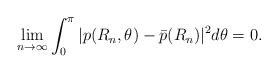
LaTeX: \begin{align*}\begin{aligned}\lim_{n\to\infty}\int_{0}^{\pi}|p(R_{n},\theta)-\bar{p}(R_{n})|^{2}d\theta=0.\end{aligned}\end{align*}